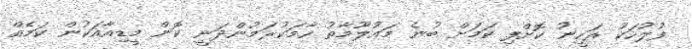
ފުލުހަކު ރަހީނު ކޮށްފި ކަމަށް ބުނެ މައުލޫމާތު ހާމަކުރަމުންދަނީ ކޮން މީޑިއާއަކުން ކަމެއް